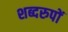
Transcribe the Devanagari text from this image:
शब्दरुपों